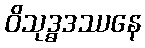
ဝိသုဒ္ဓဒဿနေ